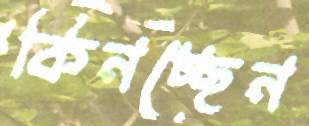
কিনচ্ছেন